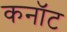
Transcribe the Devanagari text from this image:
कनाॅट